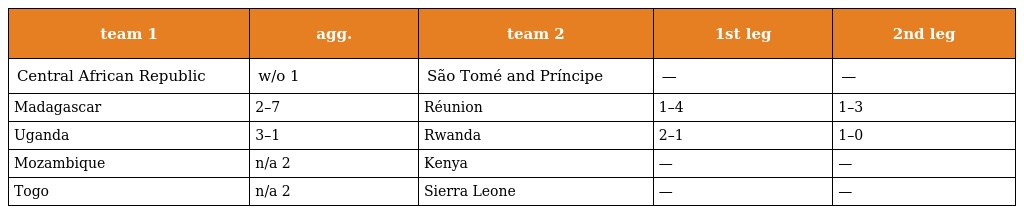
| team 1 | agg. | team 2 | 1st leg | 2nd leg |
 | --- | --- | --- | --- | --- |
 | Central African Republic | w/o 1 | São Tomé and Príncipe | — | — |
 | Madagascar | 2–7 | Réunion | 1–4 | 1–3 |
 | Uganda | 3–1 | Rwanda | 2–1 | 1–0 |
 | Mozambique | n/a 2 | Kenya | — | — |
 | Togo | n/a 2 | Sierra Leone | — | — |